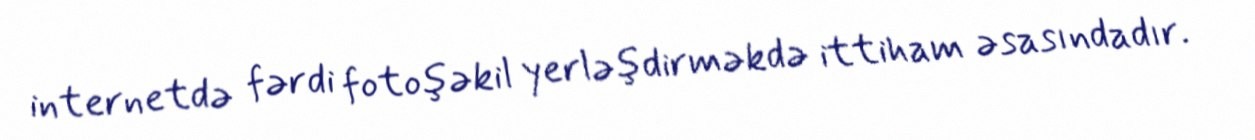
internetdə fərdi fotoşəkil yerləşdirməkdə ittiham əsasındadır.